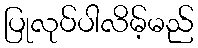
ပြုလုပ်ပါလိမ့်မည်